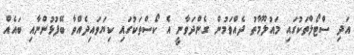
އަދި ސްޓޯލްތަކުގައި މައުލޫމާތު ދެއްވަމުން ގެންދަވާނީ އެ ކޯސްތަކުގައި ކިޔަވައިދެއްވާ ބޭފުޅުންނާއި ބައެއް